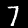
Label: 7